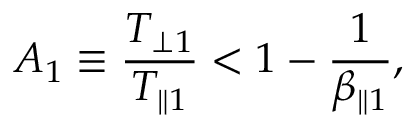
A _ { 1 } \equiv \frac { T _ { \perp 1 } } { T _ { \parallel 1 } } < 1 - \frac { 1 } { \beta _ { \parallel 1 } } ,